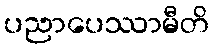
ပညာပေဿာမီတိ